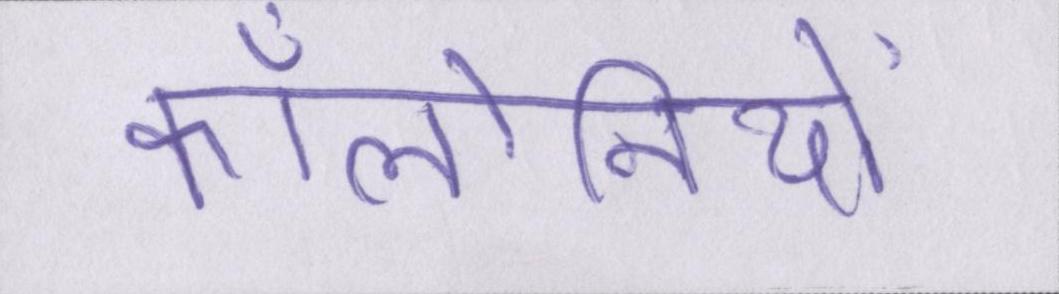
कॉलोनियों